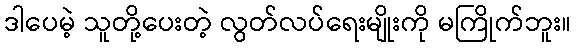
ဒါပေမဲ့ သူတို့ပေးတဲ့ လွတ်လပ်ရေးမျိုးကို မကြိုက်ဘူး။